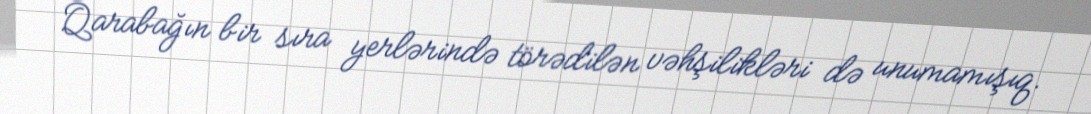
Qarabağın bir sıra yerlərində törədilən vəhşilikləri də unumamışıq.